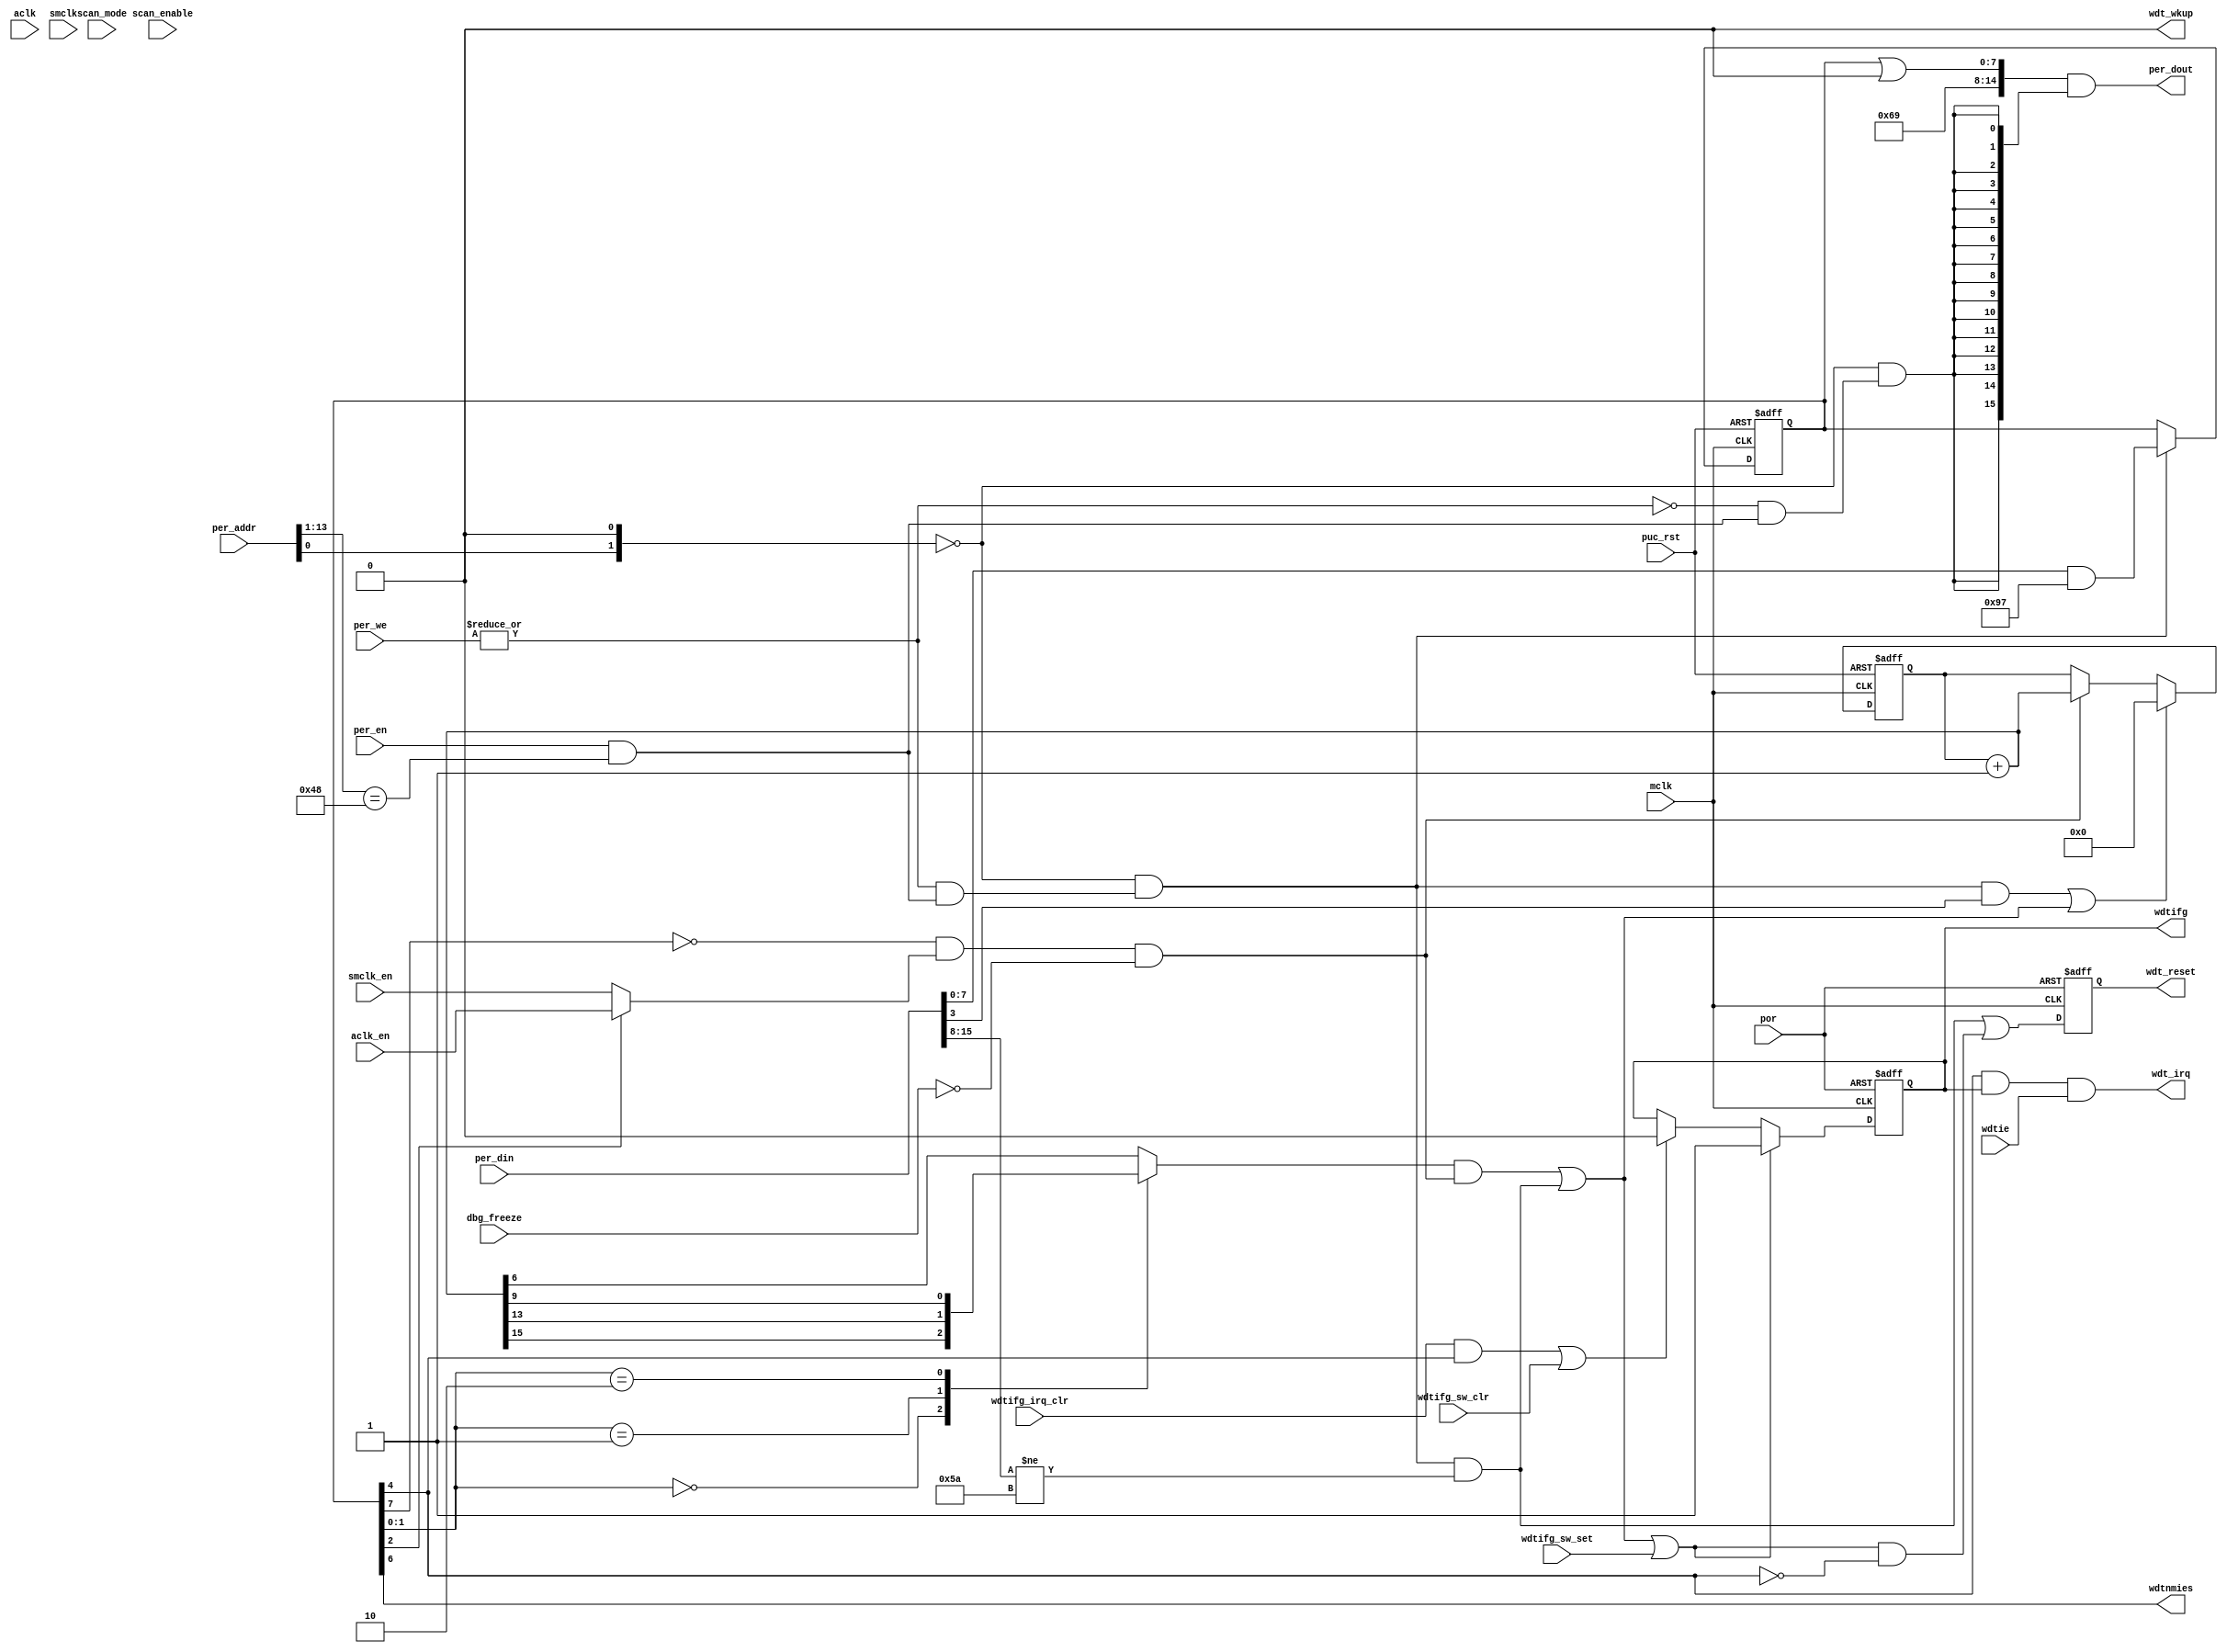
module  omsp_watchdog (

// OUTPUTs
    per_dout,                       // Peripheral data output
    wdt_irq,                        // Watchdog-timer interrupt
    wdt_reset,                      // Watchdog-timer reset
    wdt_wkup,                       // Watchdog Wakeup
    wdtifg,                         // Watchdog-timer interrupt flag
    wdtnmies,                       // Watchdog-timer NMI edge selection

// INPUTs
    aclk,                           // ACLK
    aclk_en,                        // ACLK enable
    dbg_freeze,                     // Freeze Watchdog counter
    mclk,                           // Main system clock
    per_addr,                       // Peripheral address
    per_din,                        // Peripheral data input
    per_en,                         // Peripheral enable (high active)
    per_we,                         // Peripheral write enable (high active)
    por,                            // Power-on reset
    puc_rst,                        // Main system reset
    scan_enable,                    // Scan enable (active during scan shifting)
    scan_mode,                      // Scan mode
    smclk,                          // SMCLK
    smclk_en,                       // SMCLK enable
    wdtie,                          // Watchdog timer interrupt enable
    wdtifg_irq_clr,                 // Watchdog-timer interrupt flag irq accepted clear
    wdtifg_sw_clr,                  // Watchdog-timer interrupt flag software clear
    wdtifg_sw_set                   // Watchdog-timer interrupt flag software set
);

// OUTPUTs
//=========
output       [15:0] per_dout;       // Peripheral data output
output              wdt_irq;        // Watchdog-timer interrupt
output              wdt_reset;      // Watchdog-timer reset
output              wdt_wkup;       // Watchdog Wakeup
output              wdtifg;         // Watchdog-timer interrupt flag
output              wdtnmies;       // Watchdog-timer NMI edge selection

// INPUTs
//=========
input               aclk;           // ACLK
input               aclk_en;        // ACLK enable
input               dbg_freeze;     // Freeze Watchdog counter
input               mclk;           // Main system clock
input        [13:0] per_addr;       // Peripheral address
input        [15:0] per_din;        // Peripheral data input
input               per_en;         // Peripheral enable (high active)
input         [1:0] per_we;         // Peripheral write enable (high active)
input               por;            // Power-on reset
input               puc_rst;        // Main system reset
input               scan_enable;    // Scan enable (active during scan shifting)
input               scan_mode;      // Scan mode
input               smclk;          // SMCLK
input               smclk_en;       // SMCLK enable
input               wdtie;          // Watchdog timer interrupt enable
input               wdtifg_irq_clr; // Clear Watchdog-timer interrupt flag
input               wdtifg_sw_clr;  // Watchdog-timer interrupt flag software clear
input               wdtifg_sw_set;  // Watchdog-timer interrupt flag software set


//=============================================================================
// 1)  PARAMETER DECLARATION
//=============================================================================

// Register base address (must be aligned to decoder bit width)
parameter       [14:0] BASE_ADDR   = 15'h0120;

// Decoder bit width (defines how many bits are considered for address decoding)
parameter              DEC_WD      =  2;

// Register addresses offset
parameter [DEC_WD-1:0] WDTCTL      = 'h0;

// Register one-hot decoder utilities
parameter              DEC_SZ      =  (1 << DEC_WD);
parameter [DEC_SZ-1:0] BASE_REG    =  {{DEC_SZ-1{1'b0}}, 1'b1};

// Register one-hot decoder
parameter [DEC_SZ-1:0] WDTCTL_D    = (BASE_REG << WDTCTL);


//============================================================================
// 2)  REGISTER DECODER
//============================================================================

// Local register selection
wire              reg_sel   =  per_en & (per_addr[13:DEC_WD-1]==BASE_ADDR[14:DEC_WD]);

// Register local address
wire [DEC_WD-1:0] reg_addr  =  {per_addr[DEC_WD-2:0], 1'b0};

// Register address decode
wire [DEC_SZ-1:0] reg_dec   =  (WDTCTL_D & {DEC_SZ{(reg_addr==WDTCTL)}});

// Read/Write probes
wire              reg_write =  |per_we & reg_sel;
wire              reg_read  = ~|per_we & reg_sel;

// Read/Write vectors
wire [DEC_SZ-1:0] reg_wr    = reg_dec & {DEC_SZ{reg_write}};
wire [DEC_SZ-1:0] reg_rd    = reg_dec & {DEC_SZ{reg_read}};


//============================================================================
// 3) REGISTERS
//============================================================================

// WDTCTL Register
//-----------------
// WDTNMI is not implemented and therefore masked

reg  [7:0] wdtctl;

wire       wdtctl_wr = reg_wr[WDTCTL];

`ifdef CLOCK_GATING
wire       mclk_wdtctl;
omsp_clock_gate clock_gate_wdtctl (.gclk(mclk_wdtctl),
                                   .clk (mclk), .enable(wdtctl_wr), .scan_enable(scan_enable));
`else
wire       UNUSED_scan_enable = scan_enable;
wire       mclk_wdtctl        = mclk;
`endif

`ifdef NMI
parameter [7:0] WDTNMIES_MASK = 8'h40;
`else
parameter [7:0] WDTNMIES_MASK = 8'h00;
`endif

`ifdef ASIC_CLOCKING
  `ifdef WATCHDOG_MUX
parameter [7:0] WDTSSEL_MASK  = 8'h04;
  `else
parameter [7:0] WDTSSEL_MASK  = 8'h00;
  `endif
`else
parameter [7:0] WDTSSEL_MASK  = 8'h04;
`endif

parameter [7:0] WDTCTL_MASK   = (8'b1001_0011 | WDTSSEL_MASK | WDTNMIES_MASK);

always @ (posedge mclk_wdtctl or posedge puc_rst)
  if (puc_rst)        wdtctl <=  8'h00;
`ifdef CLOCK_GATING
  else                wdtctl <=  per_din[7:0] & WDTCTL_MASK;
`else
  else if (wdtctl_wr) wdtctl <=  per_din[7:0] & WDTCTL_MASK;
`endif

wire       wdtpw_error = wdtctl_wr & (per_din[15:8]!=8'h5a);
wire       wdttmsel    = wdtctl[4];
wire       wdtnmies    = wdtctl[6];


//============================================================================
// 4) DATA OUTPUT GENERATION
//============================================================================

`ifdef NMI
parameter [7:0] WDTNMI_RD_MASK  = 8'h20;
`else
parameter [7:0] WDTNMI_RD_MASK  = 8'h00;
`endif
`ifdef WATCHDOG_MUX
parameter [7:0] WDTSSEL_RD_MASK = 8'h00;
`else
  `ifdef WATCHDOG_NOMUX_ACLK
parameter [7:0] WDTSSEL_RD_MASK = 8'h04;
  `else
parameter [7:0] WDTSSEL_RD_MASK = 8'h00;
  `endif
`endif
parameter [7:0] WDTCTL_RD_MASK  = WDTNMI_RD_MASK | WDTSSEL_RD_MASK;

// Data output mux
wire [15:0] wdtctl_rd  = {8'h69, wdtctl | WDTCTL_RD_MASK} & {16{reg_rd[WDTCTL]}};
wire [15:0] per_dout   =  wdtctl_rd;


//=============================================================================
// 5)  WATCHDOG TIMER (ASIC IMPLEMENTATION)
//=============================================================================
`ifdef ASIC_CLOCKING

// Watchdog clock source selection
//---------------------------------
wire wdt_clk;

`ifdef WATCHDOG_MUX
omsp_clock_mux clock_mux_watchdog (
   .clk_out   (wdt_clk),
   .clk_in0   (smclk),
   .clk_in1   (aclk),
   .reset     (puc_rst),
   .scan_mode (scan_mode),
   .select_in (wdtctl[2])
);
`else
  `ifdef WATCHDOG_NOMUX_ACLK
     assign wdt_clk      = aclk;
     wire   UNUSED_smclk = smclk;
  `else
     wire   UNUSED_aclk  = aclk;
     assign wdt_clk      = smclk;
  `endif
`endif

// Reset synchronizer for the watchdog local clock domain
//--------------------------------------------------------

wire wdt_rst_noscan;
wire wdt_rst;

// Reset Synchronizer
omsp_sync_reset sync_reset_por (
    .rst_s        (wdt_rst_noscan),
    .clk          (wdt_clk),
    .rst_a        (puc_rst)
);

// Scan Reset Mux
omsp_scan_mux scan_mux_wdt_rst (
    .scan_mode    (scan_mode),
    .data_in_scan (puc_rst),
    .data_in_func (wdt_rst_noscan),
    .data_out     (wdt_rst)
);


// Watchog counter clear (synchronization)
//-----------------------------------------

// Toggle bit whenever the watchog needs to be cleared
reg        wdtcnt_clr_toggle;
wire       wdtcnt_clr_detect = (wdtctl_wr & per_din[3]);
always @ (posedge mclk or posedge puc_rst)
  if (puc_rst)                wdtcnt_clr_toggle <= 1'b0;
  else if (wdtcnt_clr_detect) wdtcnt_clr_toggle <= ~wdtcnt_clr_toggle;

// Synchronization
wire wdtcnt_clr_sync;
omsp_sync_cell sync_cell_wdtcnt_clr (
    .data_out  (wdtcnt_clr_sync),
    .data_in   (wdtcnt_clr_toggle),
    .clk       (wdt_clk),
    .rst       (wdt_rst)
);

// Edge detection
reg wdtcnt_clr_sync_dly;
always @ (posedge wdt_clk or posedge wdt_rst)
  if (wdt_rst)  wdtcnt_clr_sync_dly <= 1'b0;
  else          wdtcnt_clr_sync_dly <= wdtcnt_clr_sync;

wire wdtqn_edge;
wire wdtcnt_clr = (wdtcnt_clr_sync ^ wdtcnt_clr_sync_dly) | wdtqn_edge;


// Watchog counter increment (synchronization)
//----------------------------------------------
wire wdtcnt_incr;

omsp_sync_cell sync_cell_wdtcnt_incr (
    .data_out  (wdtcnt_incr),
    .data_in   (~wdtctl[7] & ~dbg_freeze),
    .clk       (wdt_clk),
    .rst       (wdt_rst)
);


// Watchdog 16 bit counter
//--------------------------
reg  [15:0] wdtcnt;

wire [15:0] wdtcnt_nxt  = wdtcnt+16'h0001;

`ifdef CLOCK_GATING
wire       wdtcnt_en   = wdtcnt_clr | wdtcnt_incr;
wire       wdt_clk_cnt;
omsp_clock_gate clock_gate_wdtcnt (.gclk(wdt_clk_cnt),
                                   .clk (wdt_clk), .enable(wdtcnt_en), .scan_enable(scan_enable));
`else
wire       wdt_clk_cnt = wdt_clk;
`endif

always @ (posedge wdt_clk_cnt or posedge wdt_rst)
  if (wdt_rst)           wdtcnt <= 16'h0000;
  else if (wdtcnt_clr)   wdtcnt <= 16'h0000;
`ifdef CLOCK_GATING
  else                   wdtcnt <= wdtcnt_nxt;
`else
  else if (wdtcnt_incr)  wdtcnt <= wdtcnt_nxt;
`endif


// Local synchronizer for the wdtctl.WDTISx
// configuration (note that we can live with
// a full bus synchronizer as it won't hurt
// if we get a wrong WDTISx value for a
// single clock cycle)
//--------------------------------------------
reg [1:0] wdtisx_s;
reg [1:0] wdtisx_ss;
always @ (posedge wdt_clk_cnt or posedge wdt_rst)
  if (wdt_rst)
    begin
       wdtisx_s  <=  2'h0;
       wdtisx_ss <=  2'h0;
    end
  else
    begin
       wdtisx_s  <=  wdtctl[1:0];
       wdtisx_ss <=  wdtisx_s;
    end


// Interval selection mux
//--------------------------
reg        wdtqn;

always @(wdtisx_ss or wdtcnt_nxt)
    case(wdtisx_ss)
      2'b00  : wdtqn =  wdtcnt_nxt[15];
      2'b01  : wdtqn =  wdtcnt_nxt[13];
      2'b10  : wdtqn =  wdtcnt_nxt[9];
      default: wdtqn =  wdtcnt_nxt[6];
    endcase


// Watchdog event detection
//-----------------------------

// Interval end detection
assign     wdtqn_edge =  (wdtqn & wdtcnt_incr);

// Toggle bit for the transmition to the MCLK domain
reg        wdt_evt_toggle;
always @ (posedge wdt_clk_cnt or posedge wdt_rst)
  if (wdt_rst)         wdt_evt_toggle <= 1'b0;
  else if (wdtqn_edge) wdt_evt_toggle <= ~wdt_evt_toggle;

// Synchronize in the MCLK domain
wire       wdt_evt_toggle_sync;
omsp_sync_cell sync_cell_wdt_evt (
    .data_out  (wdt_evt_toggle_sync),
    .data_in   (wdt_evt_toggle),
    .clk       (mclk),
    .rst       (puc_rst)
);

// Delay for edge detection of the toggle bit
reg        wdt_evt_toggle_sync_dly;
always @ (posedge mclk or posedge puc_rst)
  if (puc_rst) wdt_evt_toggle_sync_dly <= 1'b0;
  else         wdt_evt_toggle_sync_dly <= wdt_evt_toggle_sync;

wire       wdtifg_evt =  (wdt_evt_toggle_sync_dly ^ wdt_evt_toggle_sync) | wdtpw_error;


// Watchdog wakeup generation
//-------------------------------------------------------------

// Clear wakeup when the watchdog flag is cleared (glitch free)
reg  wdtifg_clr_reg;
wire wdtifg_clr;
always @ (posedge mclk or posedge puc_rst)
  if (puc_rst) wdtifg_clr_reg <= 1'b1;
  else         wdtifg_clr_reg <= wdtifg_clr;

// Set wakeup when the watchdog event is detected (glitch free)
reg  wdtqn_edge_reg;
always @ (posedge wdt_clk_cnt or posedge wdt_rst)
  if (wdt_rst) wdtqn_edge_reg <= 1'b0;
  else         wdtqn_edge_reg <= wdtqn_edge;

// Watchdog wakeup cell
wire wdt_wkup_pre;
omsp_wakeup_cell wakeup_cell_wdog (
                                   .wkup_out   (wdt_wkup_pre),    // Wakup signal (asynchronous)
                                   .scan_clk   (mclk),            // Scan clock
                                   .scan_mode  (scan_mode),       // Scan mode
                                   .scan_rst   (puc_rst),         // Scan reset
                                   .wkup_clear (wdtifg_clr_reg),  // Glitch free wakeup event clear
                                   .wkup_event (wdtqn_edge_reg)   // Glitch free asynchronous wakeup event
);

// When not in HOLD, the watchdog can generate a wakeup when:
//     - in interval mode (if interrupts are enabled)
//     - in reset mode (always)
reg  wdt_wkup_en;
always @ (posedge mclk or posedge puc_rst)
  if (puc_rst) wdt_wkup_en <= 1'b0;
  else         wdt_wkup_en <= ~wdtctl[7] & (~wdttmsel | (wdttmsel & wdtie));

// Make wakeup when not enabled
wire wdt_wkup;
omsp_and_gate and_wdt_wkup (.y(wdt_wkup), .a(wdt_wkup_pre), .b(wdt_wkup_en));


// Watchdog interrupt flag
//------------------------------
reg        wdtifg;

wire       wdtifg_set =  wdtifg_evt                  |  wdtifg_sw_set;
assign     wdtifg_clr =  (wdtifg_irq_clr & wdttmsel) |  wdtifg_sw_clr;

always @ (posedge mclk or posedge por)
  if (por)             wdtifg <=  1'b0;
  else if (wdtifg_set) wdtifg <=  1'b1;
  else if (wdtifg_clr) wdtifg <=  1'b0;


// Watchdog interrupt generation
//---------------------------------
wire    wdt_irq       = wdttmsel & wdtifg & wdtie;


// Watchdog reset generation
//-----------------------------
reg     wdt_reset;

always @ (posedge mclk or posedge por)
  if (por) wdt_reset <= 1'b0;
  else     wdt_reset <= wdtpw_error | (wdtifg_set & ~wdttmsel);


// LINT cleanup
wire        UNUSED_smclk_en = smclk_en;
wire        UNUSED_aclk_en  = aclk_en;


//=============================================================================
// 6)  WATCHDOG TIMER (FPGA IMPLEMENTATION)
//=============================================================================
`else

// Watchdog clock source selection
//---------------------------------
wire  clk_src_en = wdtctl[2] ? aclk_en : smclk_en;


// Watchdog 16 bit counter
//--------------------------
reg [15:0] wdtcnt;

wire        wdtifg_evt;
wire        wdtcnt_clr  = (wdtctl_wr & per_din[3]) | wdtifg_evt;
wire        wdtcnt_incr = ~wdtctl[7] & clk_src_en & ~dbg_freeze;

wire [15:0] wdtcnt_nxt  = wdtcnt+16'h0001;

always @ (posedge mclk or posedge puc_rst)
  if (puc_rst)           wdtcnt <= 16'h0000;
  else if (wdtcnt_clr)   wdtcnt <= 16'h0000;
  else if (wdtcnt_incr)  wdtcnt <= wdtcnt_nxt;


// Interval selection mux
//--------------------------
reg        wdtqn;

always @(wdtctl or wdtcnt_nxt)
    case(wdtctl[1:0])
      2'b00  : wdtqn =  wdtcnt_nxt[15];
      2'b01  : wdtqn =  wdtcnt_nxt[13];
      2'b10  : wdtqn =  wdtcnt_nxt[9];
      default: wdtqn =  wdtcnt_nxt[6];
    endcase


// Watchdog event detection
//-----------------------------

assign     wdtifg_evt =  (wdtqn & wdtcnt_incr) | wdtpw_error;


// Watchdog interrupt flag
//------------------------------
reg        wdtifg;

wire       wdtifg_set =  wdtifg_evt                  |  wdtifg_sw_set;
wire       wdtifg_clr =  (wdtifg_irq_clr & wdttmsel) |  wdtifg_sw_clr;

always @ (posedge mclk or posedge por)
  if (por)             wdtifg <=  1'b0;
  else if (wdtifg_set) wdtifg <=  1'b1;
  else if (wdtifg_clr) wdtifg <=  1'b0;


// Watchdog interrupt generation
//---------------------------------
wire    wdt_irq       = wdttmsel & wdtifg & wdtie;
wire    wdt_wkup      =  1'b0;


// Watchdog reset generation
//-----------------------------
reg     wdt_reset;

always @ (posedge mclk or posedge por)
  if (por) wdt_reset <= 1'b0;
  else     wdt_reset <= wdtpw_error | (wdtifg_set & ~wdttmsel);


// LINT cleanup
wire        UNUSED_scan_mode = scan_mode;
wire        UNUSED_smclk     = smclk;
wire        UNUSED_aclk      = aclk;
`endif
wire [15:0] UNUSED_per_din   = per_din;

endmodule